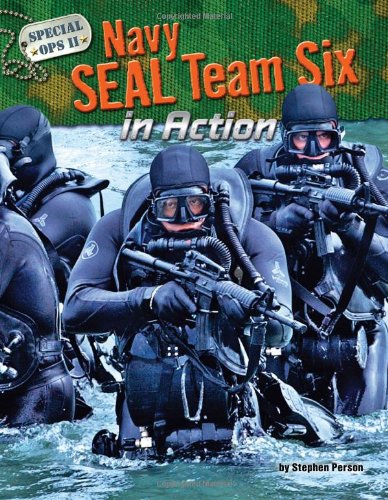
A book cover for Navy Seal Team Six in Action (Special Ops II); Stephen Person; Children's Books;